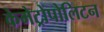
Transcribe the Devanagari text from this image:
केमेट्रोपोलिटन